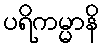
ပရိကမ္မာနိ